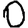
Digit: 0